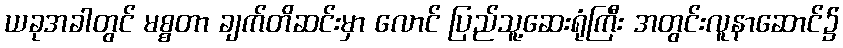
ယခုအခါတွင် မစ္စတာ ချက်တိဆင်းမှာ လောင် ပြည်သူ့ဆေးရုံကြီး အတွင်းလူနာဆောင်၌